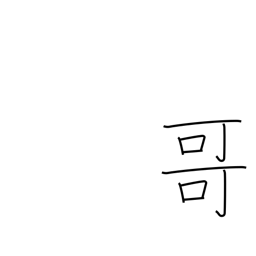
Meaning: big brother